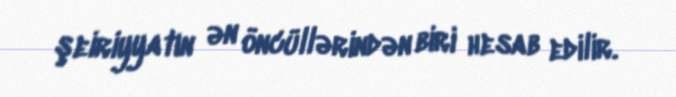
şeiriyyatın ən öncüllərindən biri hesab edilir.